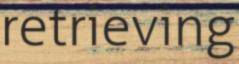
retrieving